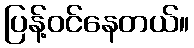
ပြန့်ဝင်နေတယ်။